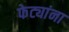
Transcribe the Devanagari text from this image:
फेट्यांना